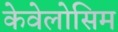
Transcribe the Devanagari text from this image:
केवेलोसिम